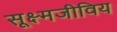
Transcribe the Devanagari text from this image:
सूक्ष्मजीविय